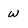
Character: w